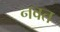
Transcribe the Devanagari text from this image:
नवत